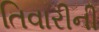
તિવારીની